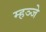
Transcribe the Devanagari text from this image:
म्हञ्जे